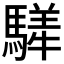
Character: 𩥍